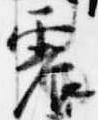
震